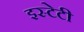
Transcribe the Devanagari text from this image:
इस्टेटी